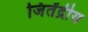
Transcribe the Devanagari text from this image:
जितेंद्रीय